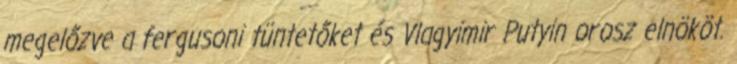
megelőzve a fergusoni tüntetőket és Vlagyimir Putyin orosz elnököt.